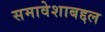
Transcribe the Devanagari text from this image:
समावेशाबद्दल